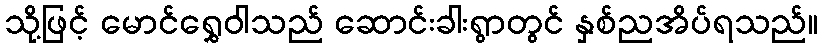
သို့ဖြင့် မောင်ရွှေဝါသည် ဆောင်းခါးရွာတွင် နှစ်ညအိပ်ရသည်။